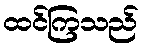
ထင်ကြသည်